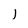
Character: I